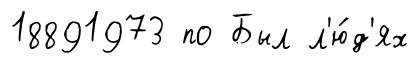
18891973 по Был л'ю́д'ях